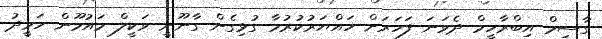
ގާސިމް އިބްރާހީމް ދެވަނަ ފަހަރަށް ހައްޔަރުކުރުމާ ގުޅިގެން ގާނޫނީ ވަކީލް މައުމޫން ހަމީދު